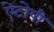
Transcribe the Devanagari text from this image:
ऐटोपी